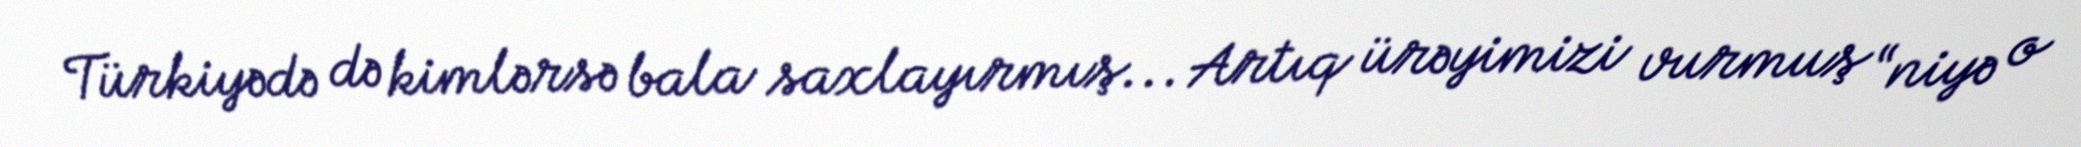
Türkiyədə də kimlərsə bala saxlayırmış... Artıq ürəyimizi vurmuş “niyə o